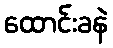
ထောင်းခနဲ